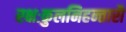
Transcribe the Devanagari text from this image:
रक्षःकुलनिहन्तारौ